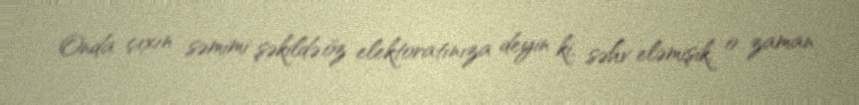
Onda çıxın səmimi şəkildə öz elektoratınıza deyin ki, səhv eləmişik, o zaman